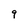
Character: 9